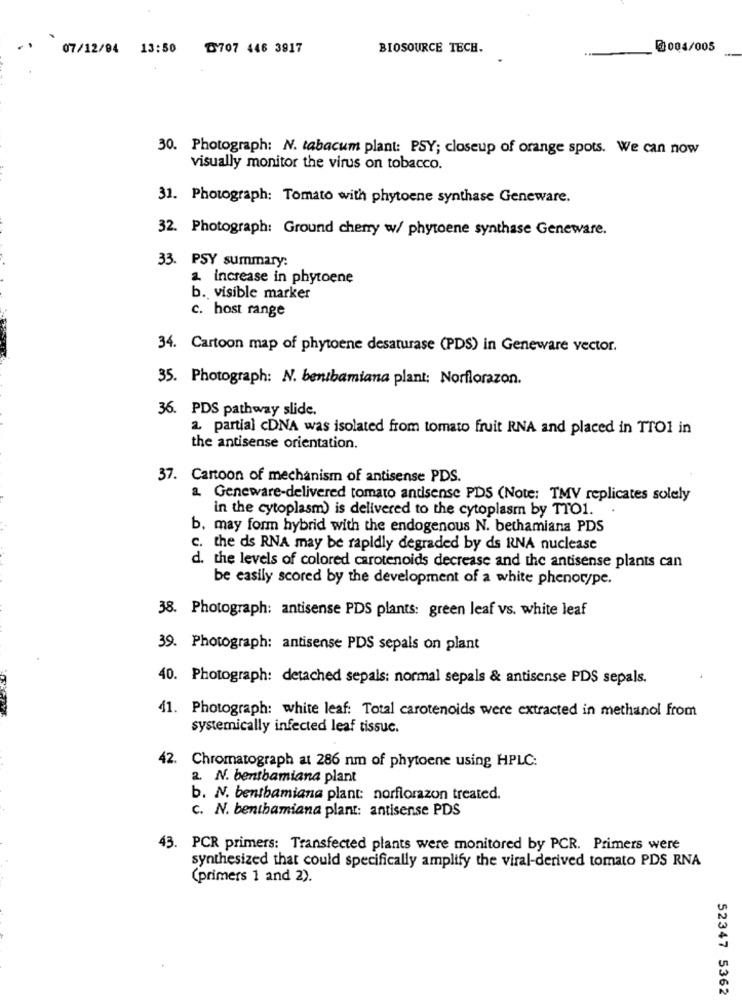
..
07/12/94 13:50 ₸707 446 3917
BIOSOURCE TECH.
@004/005
30. Photograph: N. tabacum plant: PSY; closeup of orange spots. We can now
visually monitor the virus on tobacco.
31. Photograph: Tomato with phytoene synthase Geneware.
32. Photograph: Ground cherry w/ phytoene synthase Geneware.
33. PSY summary:
a. increase in phytoene
b. visible marker
c. host range
34. Cartoon map of phytoene desaturase (PDS) in Geneware vector.
35. Photograph: N. benibamiana plant; Norflorazon.
36. PDS pathway slide.
2. partial cDNA was isolated from tomato fruit RNA and placed in TTO1 in
the antisense orientation.
37. Cartoon of mechanism of antisense PDS.
a Geneware-delivered tomato andisense PDS (Note: TMV replicates solely
in the cytoplasm) is delivered to the cytoplasm by TTO1. .
b. may form hybrid with the endogenous N. bethamiana PDS
c. the ds RNA may be rapidly degraded by ds RNA nuclease
d. the levels of colored carotenoids decrease and the antisense plants can
be easily scored by the development of a white phenotype.
38. Photograph: antisense PDS plants: green leaf vs. white leaf
39. Photograph: antisense PDS sepals on plant
40. Photograph: detached sepals: normal sepals & antisense PDS sepals.
41. Photograph: white leaf: Total carotenoids were extracted in methanol from
systemically infected leaf tissuc.
42. Chromatograph at 286 nm of phytoene using HPLC:
2. N. bentbamiana plant
b. N. benthamiana plant: norflorazon treated.
c. N. benthamiana plant: antisense PDS
43. PCR primers: Transfected plants were monitored by PCR. Primers were
synthesized that could specifically amplify the viral-derived tomato PDS RNA
(primers 1 and 2).
52347 5362